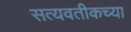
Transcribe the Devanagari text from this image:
सत्यवतीकच्या